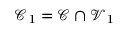
\mathcal { C } _ { 1 } = \mathcal { C } \cap \mathcal { V } _ { 1 }